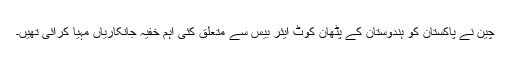
چین نے پاکستان کو ہندوستان کے پٹھان کوٹ ایئر بیس سے متعلق کئی اہم خفیہ جانکاریاں مہیا کرائی تھیں۔